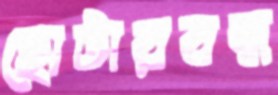
ছোটারবন্ধ